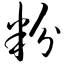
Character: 粉